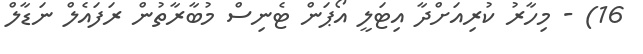
16) - މިހާރު ކުރިއަށްދާ އިޓަލީ އޯޕަން ޓެނިސް މުބާރާތުން ރަފައެލް ނަޑާލް